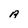
Character: A